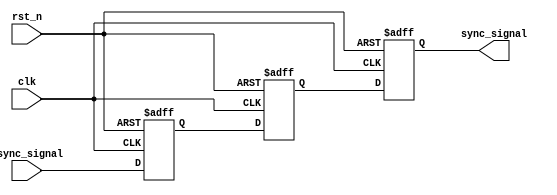
module metastability_detector (
    input wire async_signal,  // Asynchronous input signal
    input wire clk,           // Synchronous clock signal
    input wire rst_n,         // Active-low asynchronous reset
    output reg sync_signal     // Synchronized output signal
);

// Internal signals for flip-flops
reg ff1, ff2;

// Flip-flop 1: Capture async_signal on rising edge of clk
always @(posedge clk or negedge rst_n) begin
    if (!rst_n) begin
        ff1 <= 1'b0; // Reset ff1 to 0
    end else begin
        ff1 <= async_signal; // Capture async_signal
    end
end

// Flip-flop 2: Capture output of FF1 on the next rising edge of clk
always @(posedge clk or negedge rst_n) begin
    if (!rst_n) begin
        ff2 <= 1'b0; // Reset ff2 to 0
    end else begin
        ff2 <= ff1; // Capture output of FF1
    end
end

// Output the synchronized signal
always @(posedge clk or negedge rst_n) begin
    if (!rst_n) begin
        sync_signal <= 1'b0; // Reset sync_signal to 0
    end else begin
        sync_signal <= ff2; // Output the synchronized signal
    end
end

endmodule